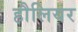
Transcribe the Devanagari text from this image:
हौलियर